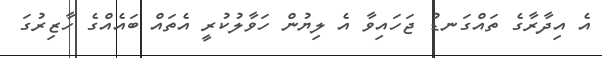
އެ އިދާރާގެ ތައްގަނޑު ޖަހައިވާ އެ ލިޔުން ހަވާލުކުރީ އެތައް ބައެއްގެ ހާޒިރުގަ